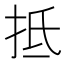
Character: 抵